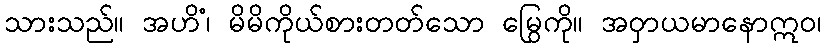
သားသည်။ အဟိံ၊ မိမိကိုယ်စားတတ်သော မြွေကို။ အဝှာယမာနောဣဝ၊